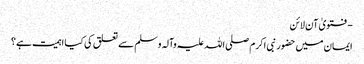
- فتویٰ آن لائن
ایمان میں حضور نبی اکرم صلی اللہ علیہ وآلہ وسلم سے تعلق کی کیا اہمیت ہے؟